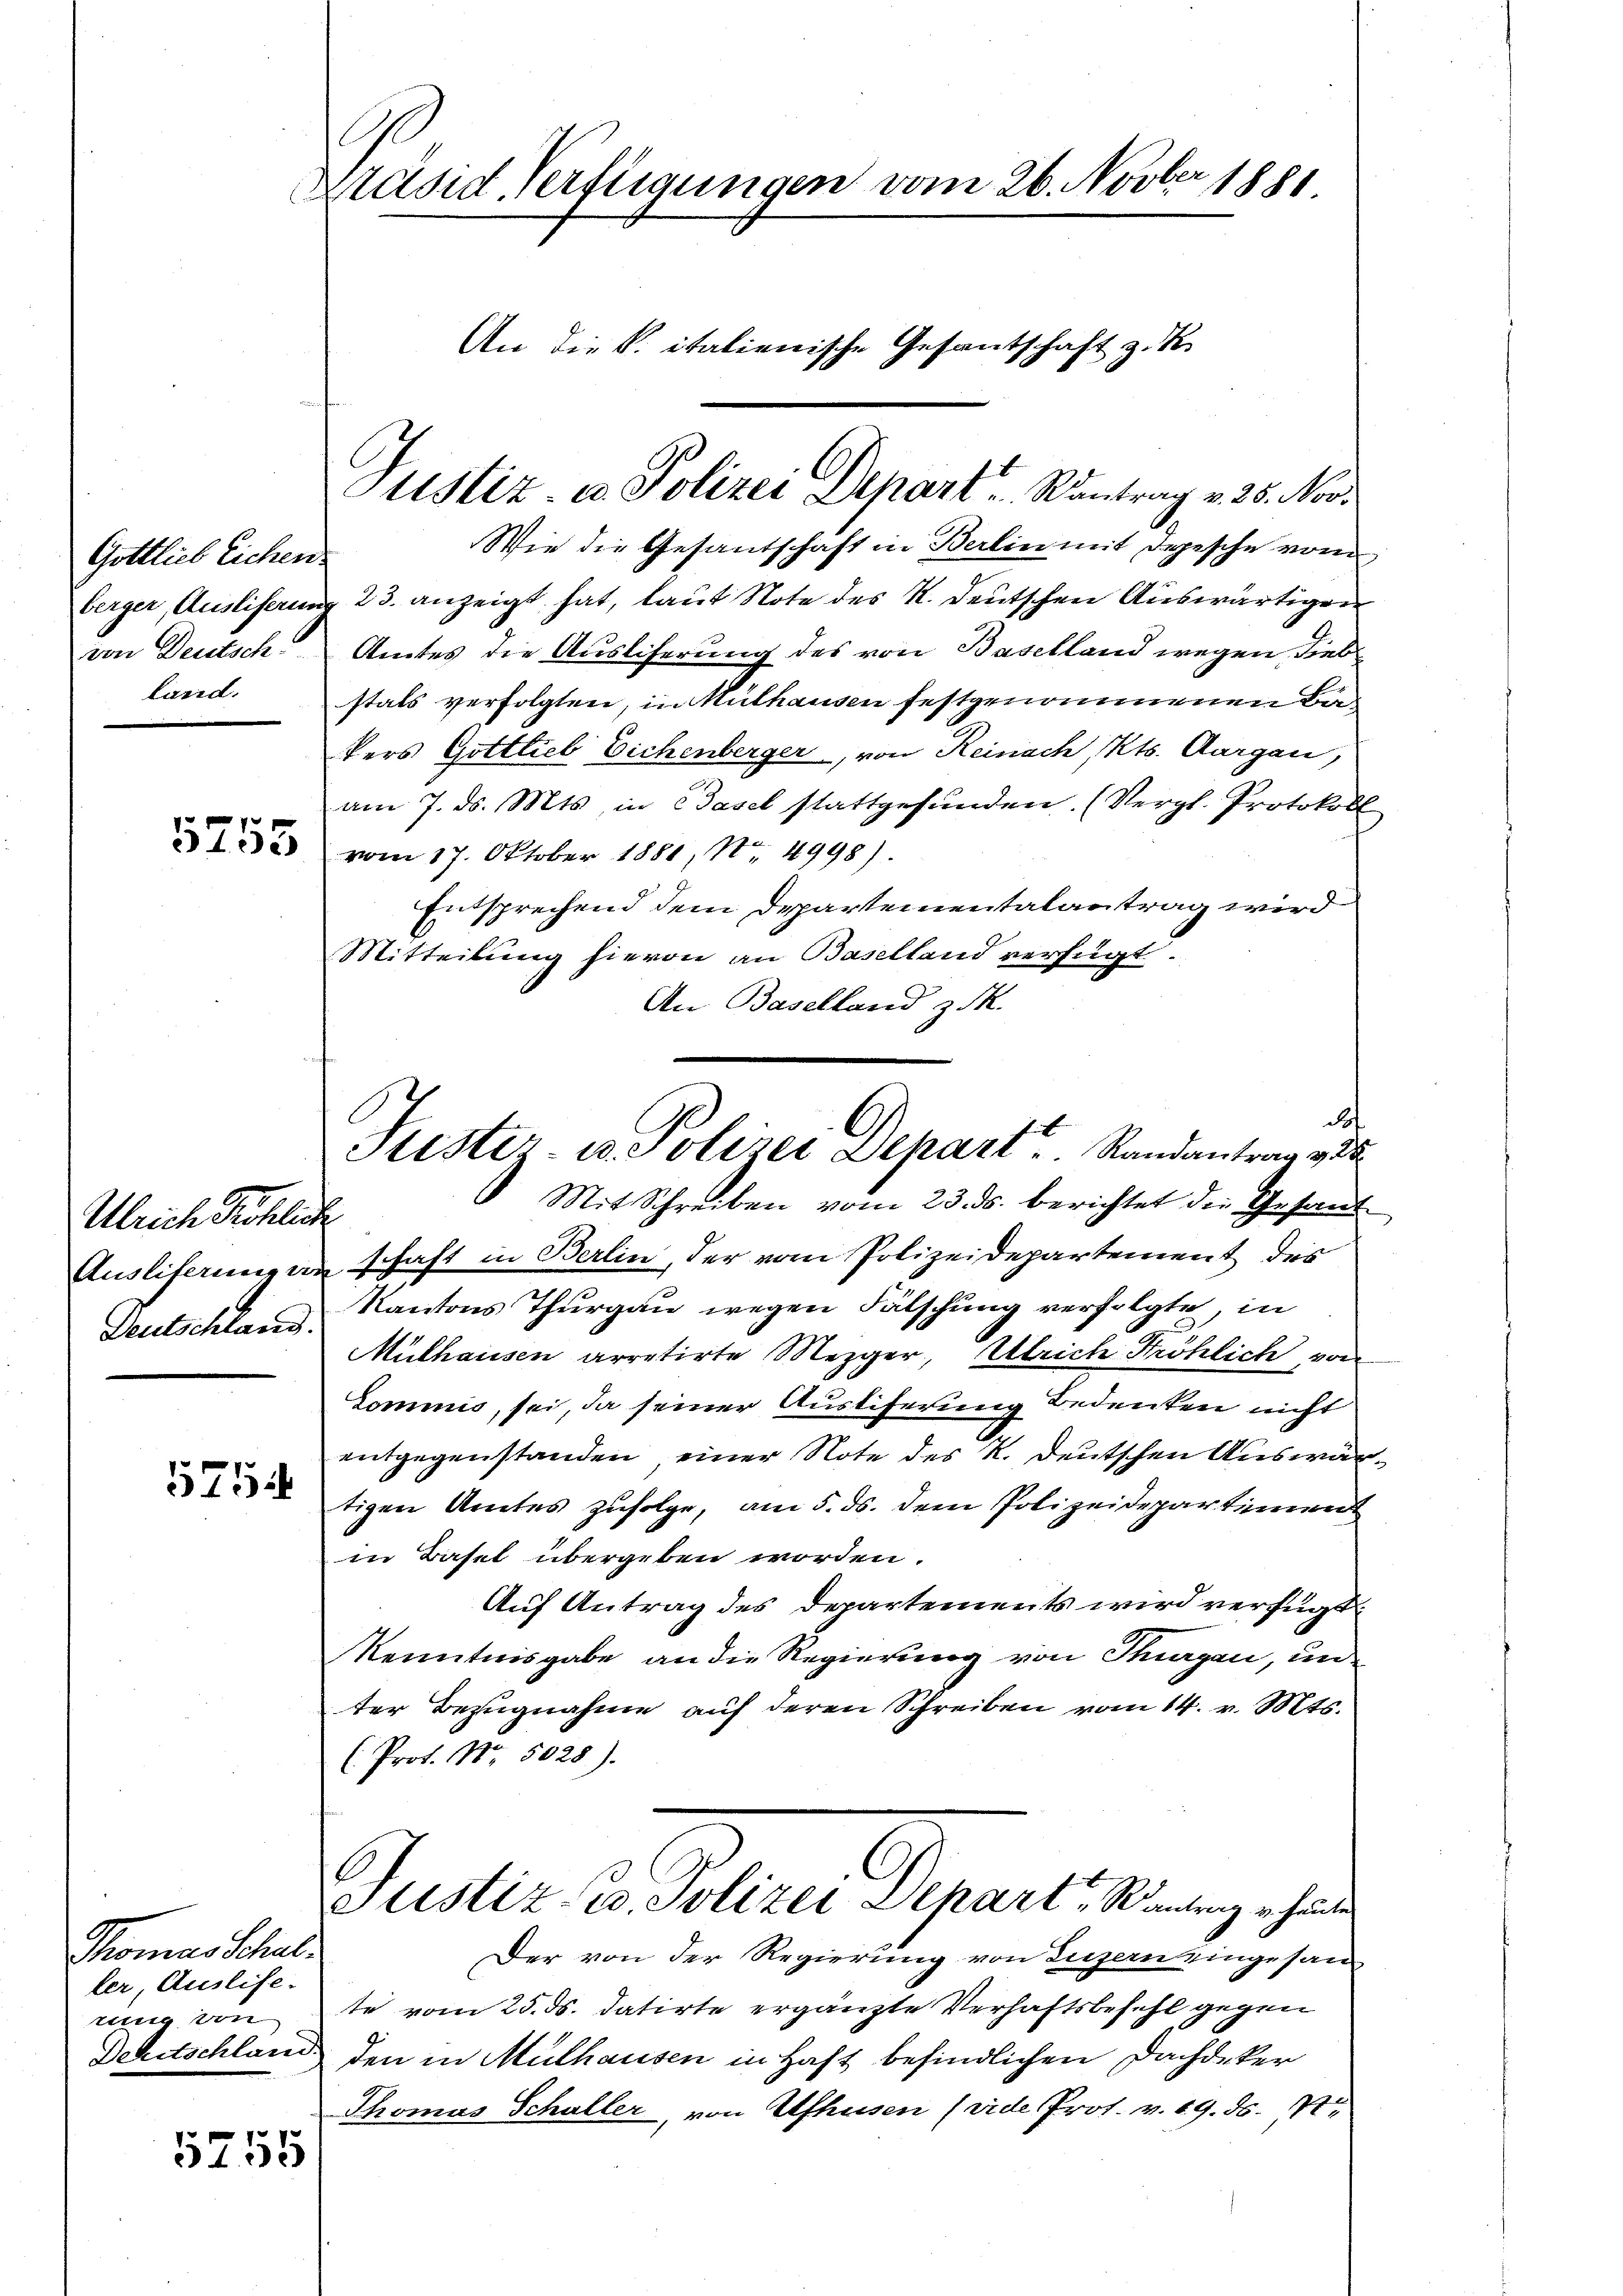
Gottlieb Eichen.
berger, Auslieferung
von Deutsch
land.

5753

Ulrich Fröhlich
Deutschland.

575

Thomas Schuller, Auslife-
rung von

5755

Präsid-Verfügungen vom 26. Novber 1881
An die K. italienische Gesantschaft z. K.

Wie die Gesandschaft in Berlin mit Depesche von
23. anzeigt hat, laut Note des K. Deutschen Auswärtigen
Amtes die Auslieferung des von Baselland wegen Liebstals verfolgten, in Mülhausen festgenommenen Bun
kers Gottlieb Eichenberger, von Reinach, Kts. Aargau,
am 7. ds. Mts., in Basel stattgefunden. (Vergl. Protokoll
vom 17. Oktober 1880, No 4998).
Entsprechend dem Departementalantrag wird
Mitteilung hievon an Baselland verfügt.
An Baselland z. M.
d
Mit Schreiben vom 23. ds. berichtet die Gesand¬
Auslieferungen schaft in Berlin, der vom Polizeidepartement des
Kantons Thurgau wegen Fälschung verfolgte, in
Mülhausen arretirte Mezger, Ulrich Fröhlich von
Commis, sei, da seiner Austiferung Bedenken nicht
entgegenstanden einer Note des K. Deutschen Auswärtigen Amtes zufolge, am 5. ds. dem Polizeidepartiment
in Basel übergeben worden.
Auf Antrag des Departements wird verfügt:
Kenntnisgabe an die Regierung von Turgen, un
ter Bezugnahme auf deren Schreiben vom 14. v. Mts.
(Prof. No. 5028).
C
Justiz- u. Polizei Depart - Santrag v. heute
Der von der Regierung von Luzern eingesan
te vom 25. ds. datirte ergänzte Verhaftsbefehl gegen
Dehitschland den in Mülhausen in Haft befindlichen Dachdeker
Thomas Schaller, von Ufhusen (vide Prot. v. 19. ds. S

Justiz in Polizei Depart. Kantrag v. 25. Nov.

Justiz- u Polizei Depart Randantrag v